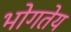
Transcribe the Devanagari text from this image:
भोगतेय